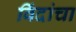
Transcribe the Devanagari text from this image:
विंदांचा